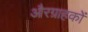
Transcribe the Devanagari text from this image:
औरग्राहकों